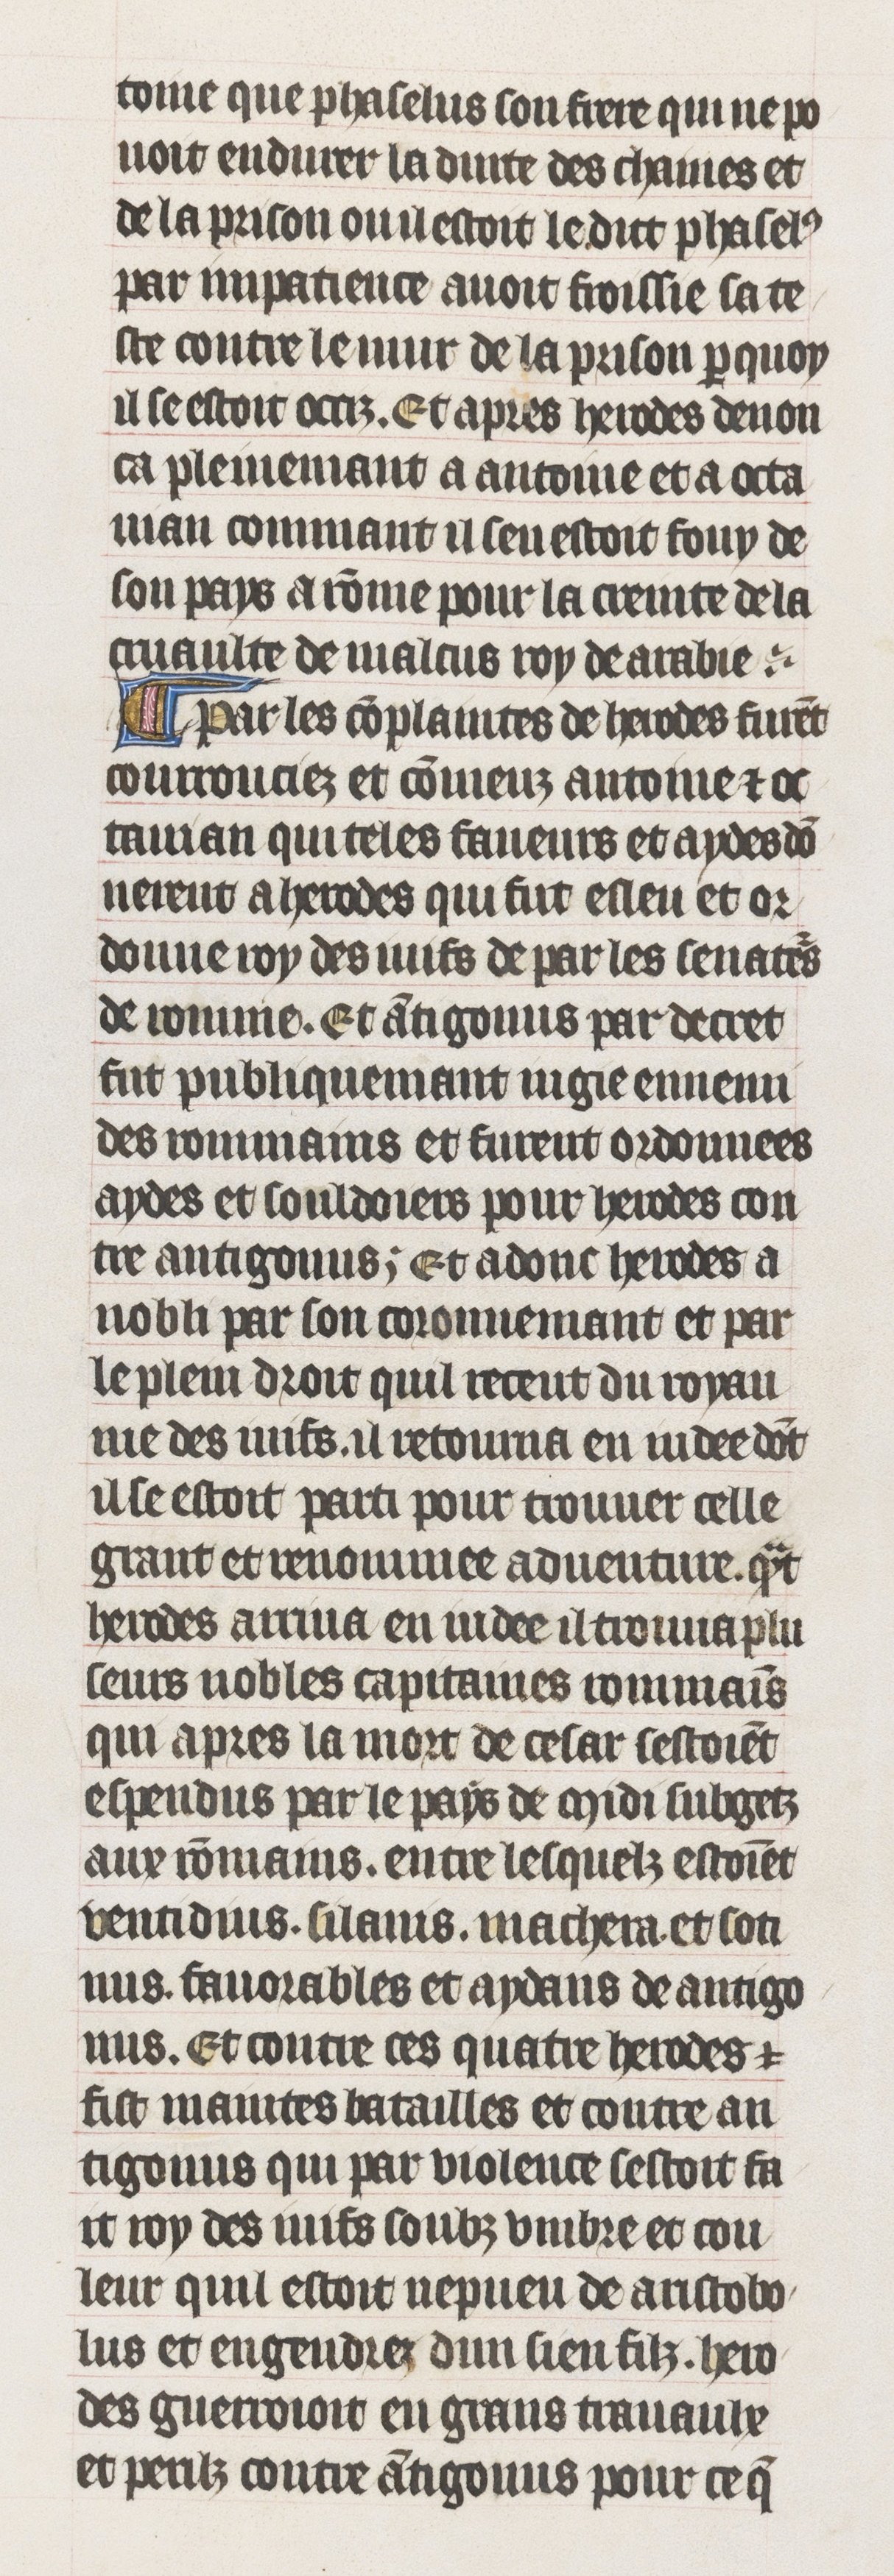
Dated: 1395–1425